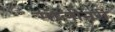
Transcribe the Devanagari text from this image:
मोलीनरी